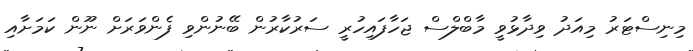
މިނިސްޓަރު މިއަދު ވިދާޅުވީ މާބްލްސް ޖަހާފައިހުރީ ސަރުކާރުން ބޭނުންވި ފެންވަރަށް ނޫން ކަމަށާއި